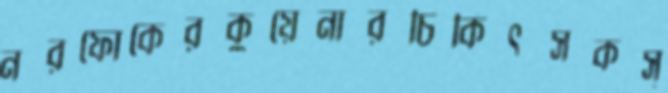
নরফোকেরকুয়েনারচিকিৎসকস্